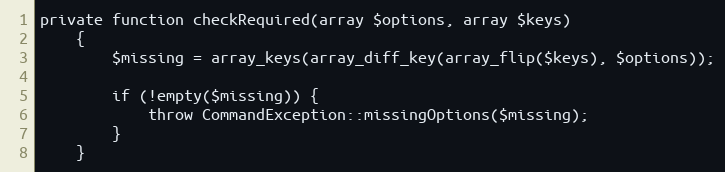
Language: PHP
private function checkRequired(array $options, array $keys)
    {
        $missing = array_keys(array_diff_key(array_flip($keys), $options));

        if (!empty($missing)) {
            throw CommandException::missingOptions($missing);
        }
    }